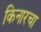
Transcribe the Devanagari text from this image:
किनारचा